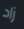
زاد